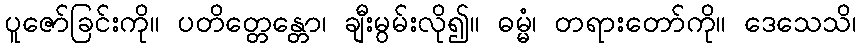
ပူဇော်ခြင်းကို။ ပတိတ္တေန္တော၊ ချီးမွမ်းလို၍။ ဓမ္မံ၊ တရားတော်ကို။ ဒေသေသိ၊